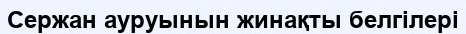
Сержан ауруынын жинақты белгілері